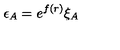
\epsilon _ { A } = e ^ { f ( r ) } \xi _ { A }